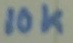
Text: 10K